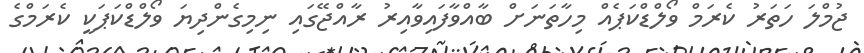
ޖުމްލަ ހަތަރު ކެރަމް ވޯލްޑްކަޕެއް މިހާތަނަށް ބާއްވާފައިވާއިރު ރާއްޖޭގައި ނިމިގެންދިޔަ ވޯލްޑްކަޕަކީ ކެރަމްގެ